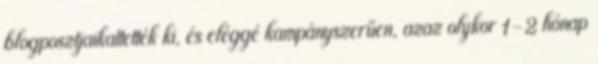
blogposztjaikattették ki, és eléggé kampányszerűen, azaz olykor 1-2 hónap